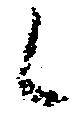
候